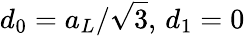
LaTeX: d_{0}=a_{L}/\sqrt{3},\, d_{1}=0